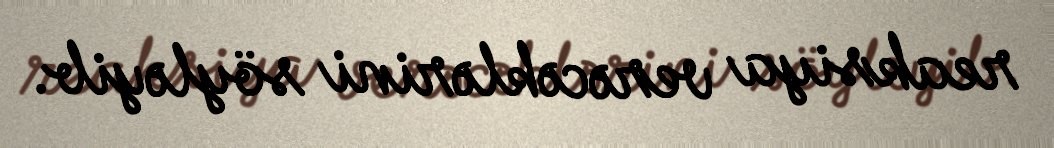
reaksiya verəcəklərini söyləyib.